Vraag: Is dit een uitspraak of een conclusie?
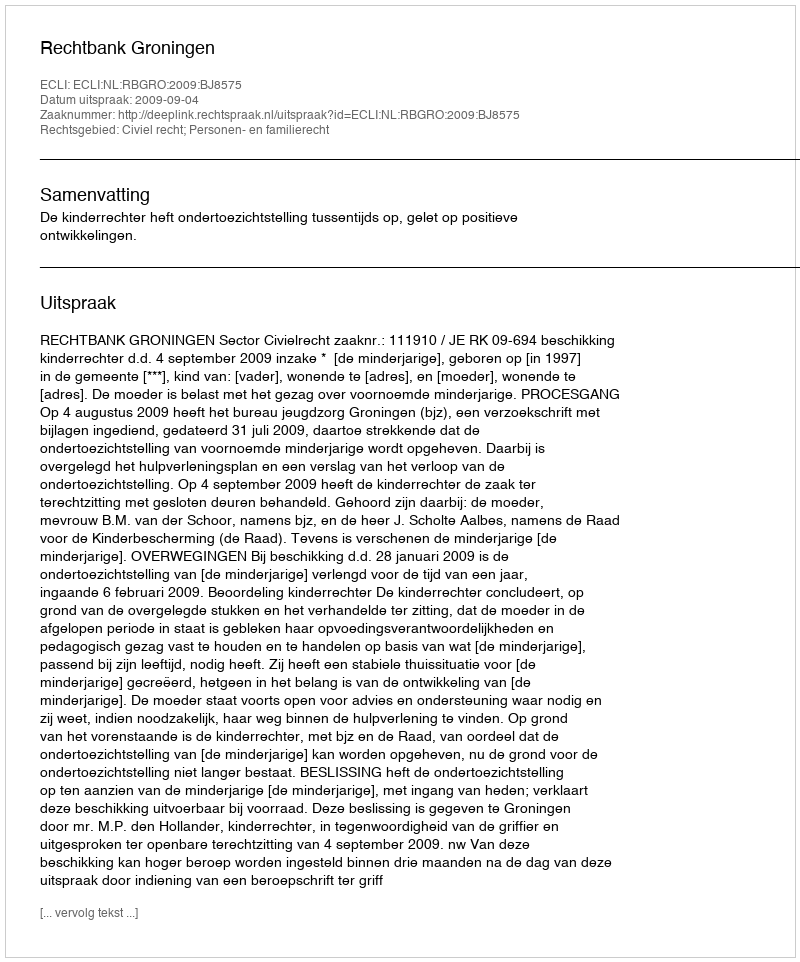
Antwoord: Uitspraak